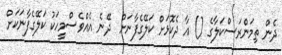
ދެން ތިމަންރަސްކަލާގެ () އާ ދެކޮޅަށް ކަލޭގެފާނަށް  ދޭނެ އެއްވެސްމީހަކު ކަލޭގެފާނަކަށް